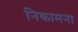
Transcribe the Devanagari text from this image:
निकामना